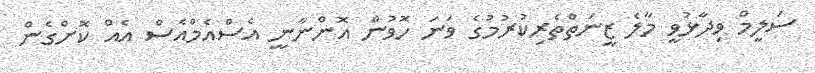
ސަލީމް ވިދާޅުވީ މާލެ ޒީނަތްތެރިކުރުމުގެ ވަނަ ހޮވުން އޮންނާނީ އެސްއެމްއެސް އެއް ކޮށްގެން